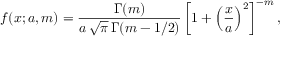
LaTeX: f ( x ; a , m ) = { \frac { \Gamma ( m ) } { a \, { \sqrt { \pi } } \, \Gamma ( m - 1 / 2 ) } } \left[ 1 + \left( { \frac { x } { a } } \right) ^ { 2 } \right] ^ { - m } ,